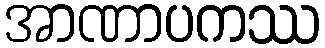
အာဏာပကဿ